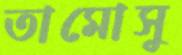
তামোসু